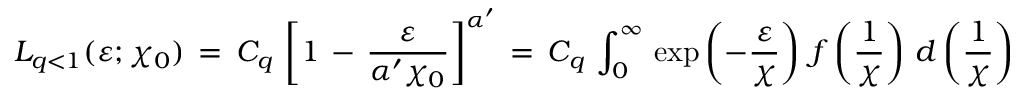
L _ { q < 1 } ( \varepsilon ; \chi _ { 0 } ) \, = \, C _ { q } \, \left[ 1 \, - \, \frac { \varepsilon } { \alpha ^ { \prime } \chi _ { 0 } } \right] ^ { \alpha ^ { \prime } } \, = \, C _ { q } \, \int _ { 0 } ^ { \infty } \, \exp \left( - \frac { \varepsilon } { \chi } \right) \, f \left( \frac { 1 } { \chi } \right) \, d \left( \frac { 1 } { \chi } \right)